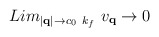
\begin{align*}Lim_{ |{\bf{q}}| \rightarrow c_{0}\mbox{ }k_{f} }\mbox{ }v_{ {\bf{q}} } \rightarrow 0\end{align*}